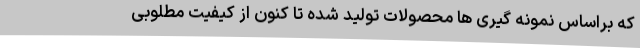
که براساس نمونه گیری ها محصولات تولید شده تا کنون از کیفیت مطلوبی